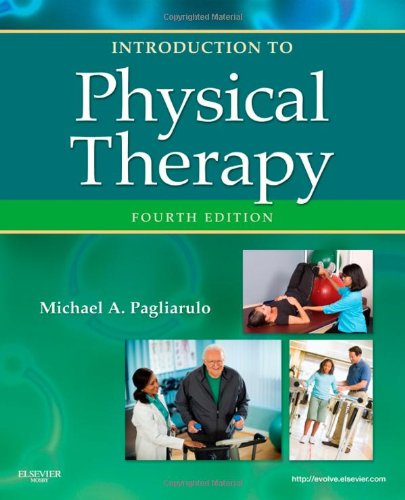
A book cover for Introduction to Physical Therapy, 4e (Pagliaruto, Introduction to Physical Therapy); Michael A. Pagliarulo PT  EdD; Medical Books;